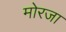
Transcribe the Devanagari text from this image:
मोरजा